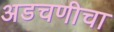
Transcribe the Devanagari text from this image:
अडचणीचा